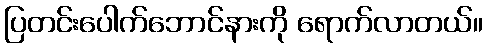
ပြတင်းပေါက်ဘောင်နားကို ရောက်လာတယ်။